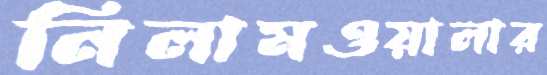
নিলামওয়ালার